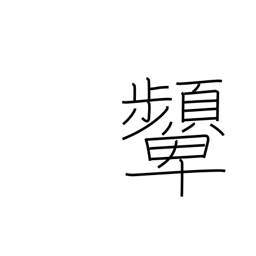
Meaning: scowl